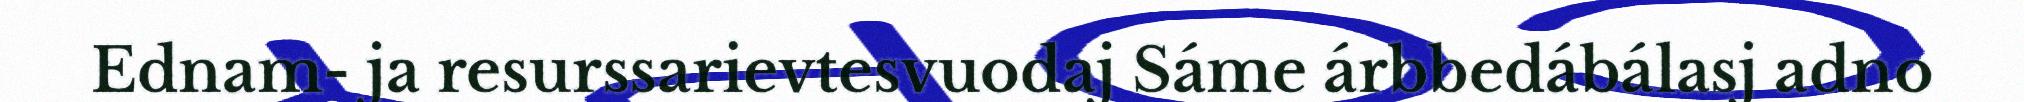
Ednam- ja resurssarievtesvuodaj Sáme árbbedábálasj adno